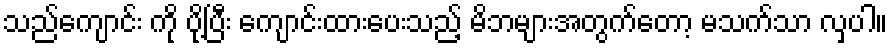
သည်ကျောင်း ကို ပို့ပြီး ကျောင်းထားပေးသည့် မိဘများအတွက်တော့ မသက်သာ လှပါ။